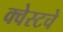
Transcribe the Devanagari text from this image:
क्वेस्टचे